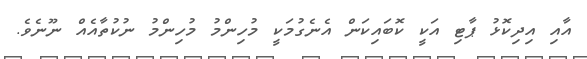
އާއި އިދިކޮޅު ޕާޓި އަކީ ކޮބައިކަން އެނެގުމަކީ މުހިންމު މުހިންމު ނުކުތާއެއް ނޫނެވެ.